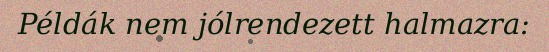
Példák nem jólrendezett halmazra: